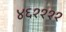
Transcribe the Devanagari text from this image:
४६११११